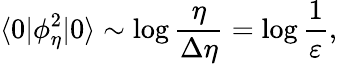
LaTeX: \langle 0|\phi_{\eta}^{2}|0\rangle\sim\log\frac{\eta}{\Delta\eta}=\log\frac{1}{\varepsilon},